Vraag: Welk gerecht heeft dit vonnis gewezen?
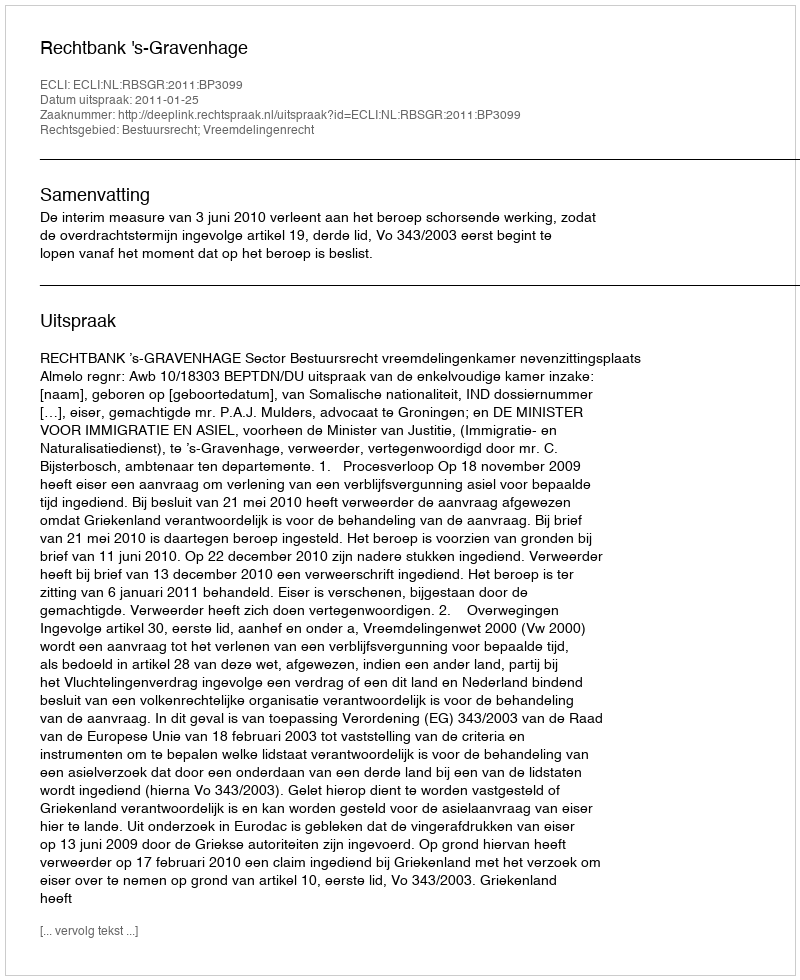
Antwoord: Rechtbank 's-Gravenhage